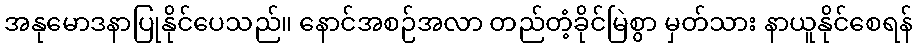
အနုမောဒနာပြုနိုင်ပေသည်။ နောင်အစဉ်အလာ တည်တံ့ခိုင်မြဲစွာ မှတ်သား နာယူနိုင်စေရန်